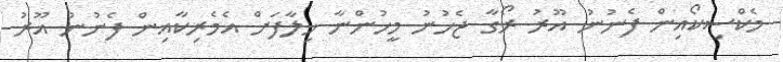
މެކްސިކޯއިން ފެނުނު އޫރު ރޯގާ ޖެހުނު މީހުންނާ ޚިލާފަށް އެމެރިކާއިން ފެނުނު އޫރު